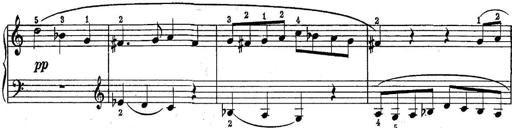
Title: Quatres sonatines
Composer: Tadeusz Joteyko